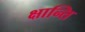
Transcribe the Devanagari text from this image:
क्षान्ति